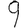
Digit: 9